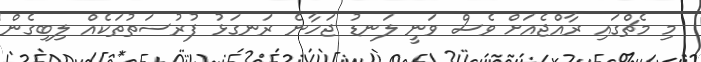
މި މެޗްގައި ރާއްޖެއަށް ވެސް ވަނީ ލަނޑު ޖަހާނެ ރަނގަޅު ފުރުސަތުތަކެއް ލިބިގެން